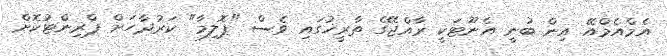
އެމްއެމްއޭ އިން ބުނީ އެނޫޓަކީ ރާއްޖޭގެ ތާރީޚުގައި ވެސް "ޕޮލިމާ" ކަރުދާހަށް ޕްރިންޓުކޮށް